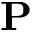
\mathbf { P }